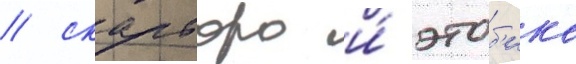
/ скарборо и́ этоб'ико